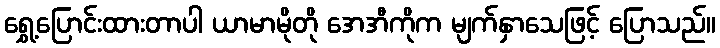
ရွှေ့ပြောင်းထားတာပါ ယာမာမိုတို အေအီကိုက မျက်နှာသေဖြင့် ပြောသည်။